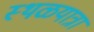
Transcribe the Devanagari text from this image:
स्थळयात्रा